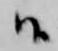
候